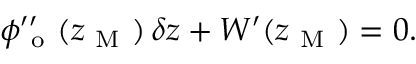
\phi _ { \mathrm { ~ o ~ } } ^ { \prime \prime } ( z _ { \mathrm { ~ M ~ } } ) \, \delta z + W ^ { \prime } ( z _ { \mathrm { ~ M ~ } } ) = 0 .